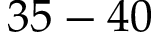
3 5 - 4 0